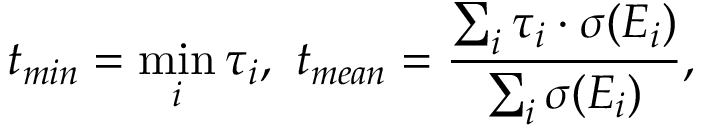
t _ { m i n } = \operatorname* { m i n } _ { i } \tau _ { i } , \ t _ { m e a n } = \frac { \sum _ { i } \tau _ { i } \cdot \sigma ( E _ { i } ) } { \sum _ { i } \sigma ( E _ { i } ) } ,